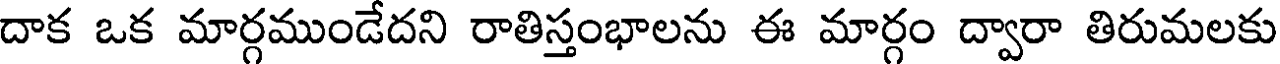
దాక ఒక మార్గముండేదని రాతిస్తంభాలను ఈ మార్గం ద్వారా తిరుమలకు